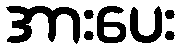
အားပေး